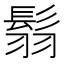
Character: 𩭅